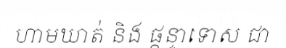
ហាមឃាត់ និង ផ្តន្ទាទោស ជា